65_HS1-834228961_62-HQ-83894_Section_4
Agency: FBI
Page 28
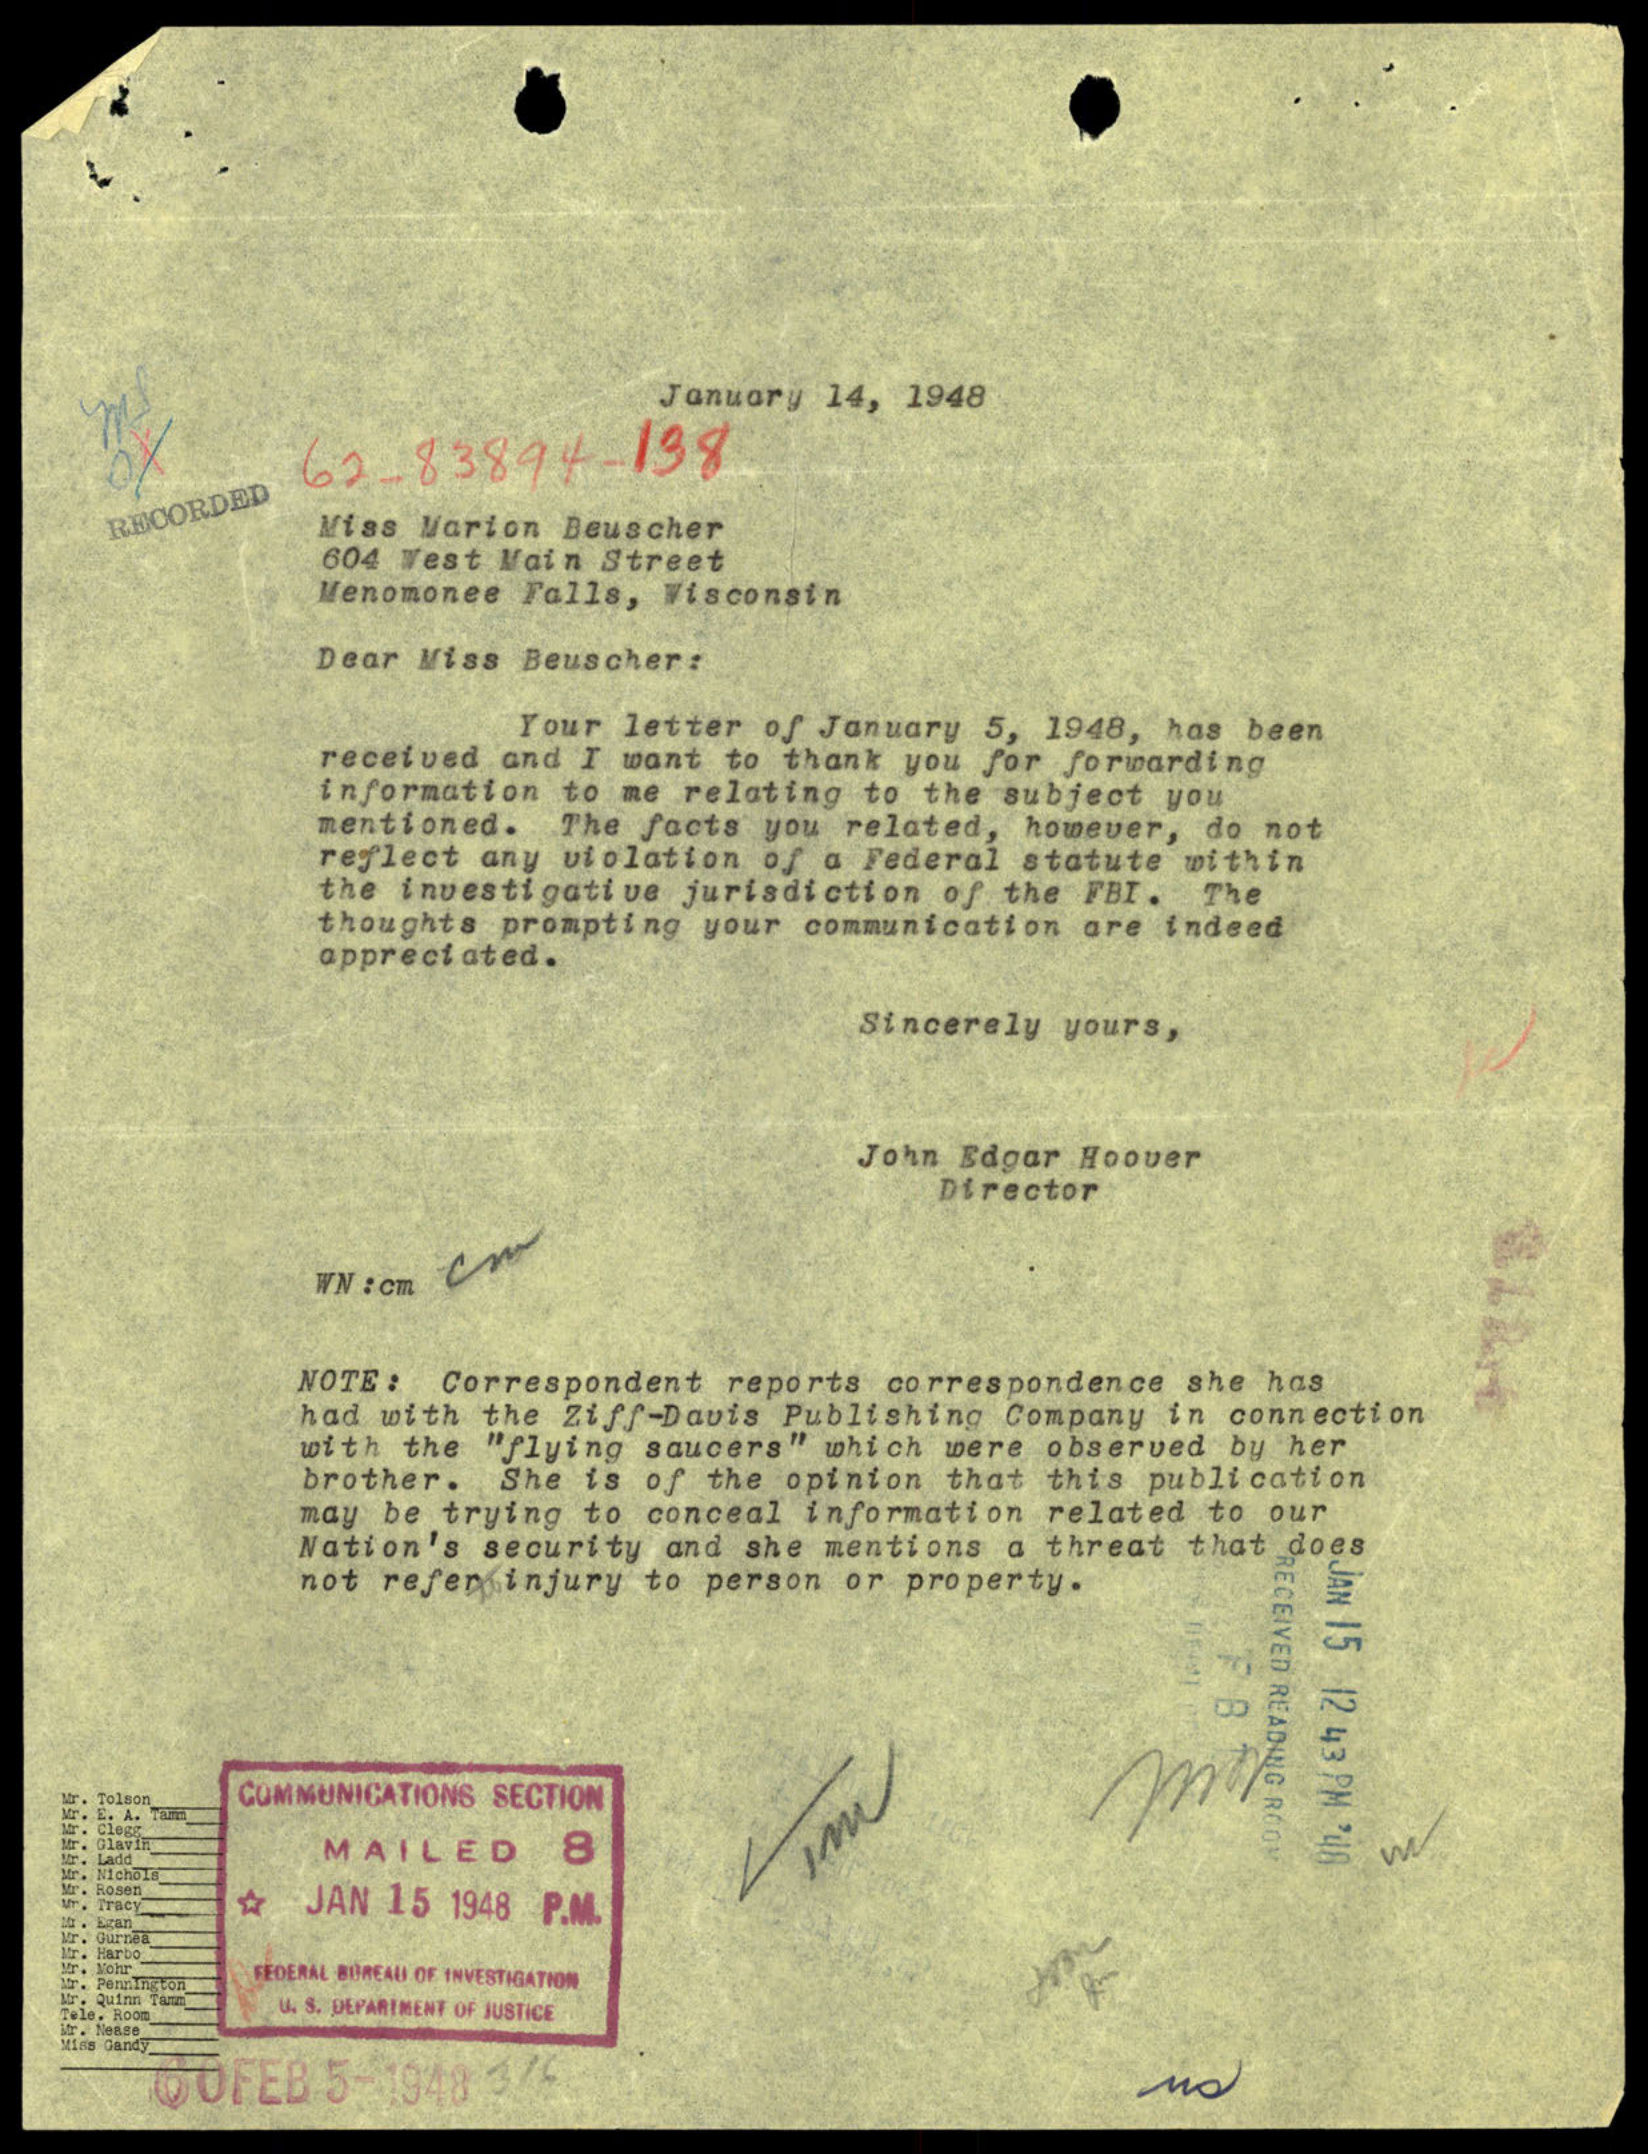